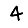
Digit: 4